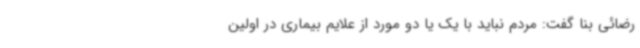
رضائی بنا گفت: مردم نباید با یک یا دو مورد از علایم بیماری در اولین